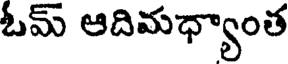
ఓమ్ ఆదిమధ్యాంత